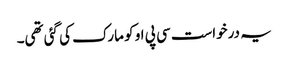
یہ درخواست سی پی او کو مارک کی گئی تھی۔